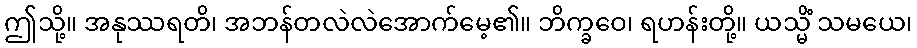
ဤသို့။ အနုဿရတိ၊ အဘန်တလဲလဲအောက်မေ့၏။ ဘိက္ခဝေ၊ ရဟန်းတို့။ ယသ္မိံ သမယေ၊